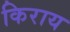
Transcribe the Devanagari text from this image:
किराय